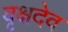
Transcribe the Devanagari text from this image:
वृक्षदेव